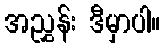
အညွှန်း ဒီမှာပါ။